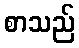
စာသည်